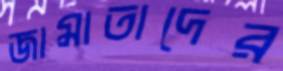
জামাতাদের